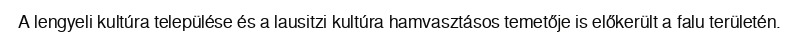
A lengyeli kultúra települése és a lausitzi kultúra hamvasztásos temetője is előkerült a falu területén.